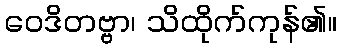
ဝေဒိတဗ္ဗာ၊ သိထိုက်ကုန်၏။